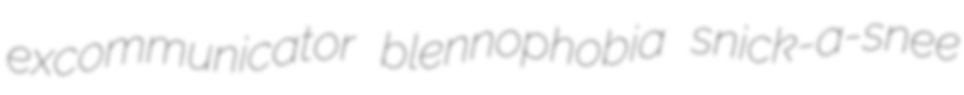
excommunicator blennophobia snick-a-snee